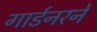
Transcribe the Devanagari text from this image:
गार्डनरने